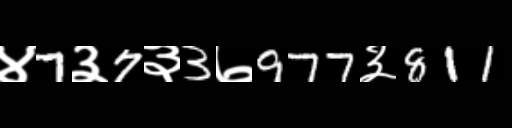
Text: ४7३7३3७977३811